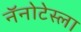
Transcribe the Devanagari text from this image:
नॅनोटेस्ला